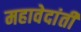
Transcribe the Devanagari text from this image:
महावेदांती